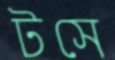
টসে